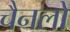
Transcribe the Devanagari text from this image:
चैनलो